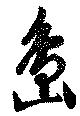
島